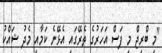
"މި ބްރިޖް މި ފަސް އަހަރުގެ ތެރޭގައި އެޅޭނެ ކަމާއި މެދު ޝައްކު